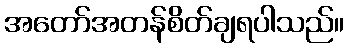
အတော်အတန်စိတ်ချရပါသည်။